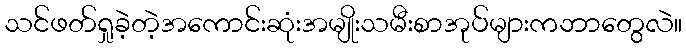
သင်ဖတ်ရှုခဲ့တဲ့အကောင်းဆုံးအမျိုးသမီးစာအုပ်များကဘာတွေလဲ။